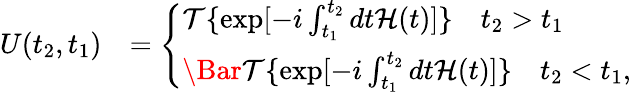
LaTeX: \begin{array}{rl}{U(t_{2},t_{1})}&{=\left\{ \begin{array}{ll}{\mathcal{T}\{ \exp[-i\int_{t_{1}}^{t_{2}}dt\mathcal{H}(t)]\} \quad t_{2}>t_{1}}\\ {\Bar{\mathcal{T}}\{ \exp[-i\int_{t_{1}}^{t_{2}}dt\mathcal{H}(t)]\} \quad t_{2}<t_{1},}\end{array}\right.}\end{array}